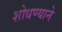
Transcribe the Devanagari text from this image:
शोधण्याने